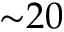
{ \sim } 2 0